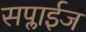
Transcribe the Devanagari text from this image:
सप्लाईज